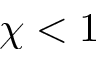
\chi < 1